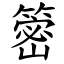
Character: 䈼